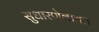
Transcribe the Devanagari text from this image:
सुधारणेबाबत